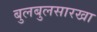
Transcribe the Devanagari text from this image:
बुलबुलसारखा